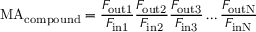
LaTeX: \mathrm { M A } _ { \mathrm { c o m p o u n d } } = { \frac { F _ { \mathrm { o u t 1 } } } { F _ { \mathrm { i n 1 } } } } { \frac { F _ { \mathrm { o u t 2 } } } { F _ { \mathrm { i n 2 } } } } { \frac { F _ { \mathrm { o u t 3 } } } { F _ { \mathrm { i n 3 } } } } \ldots { \frac { F _ { \mathrm { o u t N } } } { F _ { \mathrm { i n N } } } }